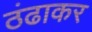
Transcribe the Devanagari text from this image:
ठंढाकर